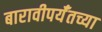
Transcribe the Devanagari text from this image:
बारावीपर्यँतच्या